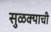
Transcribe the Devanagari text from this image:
सुळक्याची